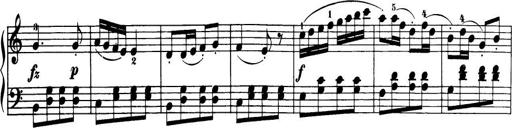
Title: 32 Sonatinas and Rondos for the Piano
Composer: Richard Kleinmichel